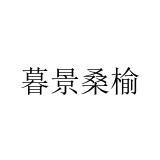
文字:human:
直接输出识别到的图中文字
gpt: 暮景桑榆